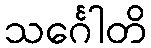
သင်္ဂေါတိ